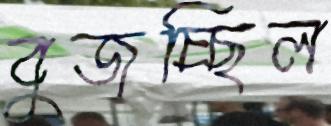
বুজচ্ছিল